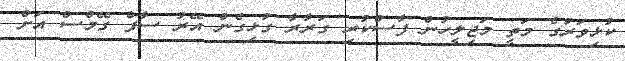
ކުޅިވަރުގެ މަތީ މަޖިލީހުން ފާސްކުރި ގަރާރާ ގުޅިގެން އޭރު ސާފް ގޭމްސް އަށް